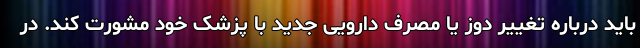
باید درباره تغییر دوز یا مصرف دارویی جدید با پزشک خود مشورت کند. در